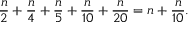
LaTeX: { \frac { n } { 2 } } + { \frac { n } { 4 } } + { \frac { n } { 5 } } + { \frac { n } { 1 0 } } + { \frac { n } { 2 0 } } = n + { \frac { n } { 1 0 } } .